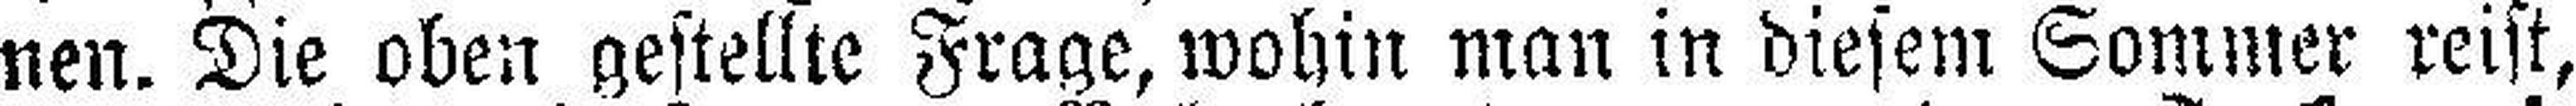
nen. Die oben gestellte Frage, wohin man in diesem Sommer reist,